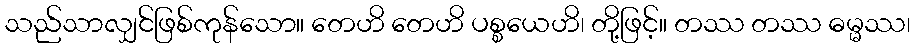
သည်သာလျှင်ဖြစ်ကုန်သော။ တေဟိ တေဟိ ပစ္စယေဟိ၊ တို့ဖြင့်။ တဿ တဿ ဓမ္မဿ၊